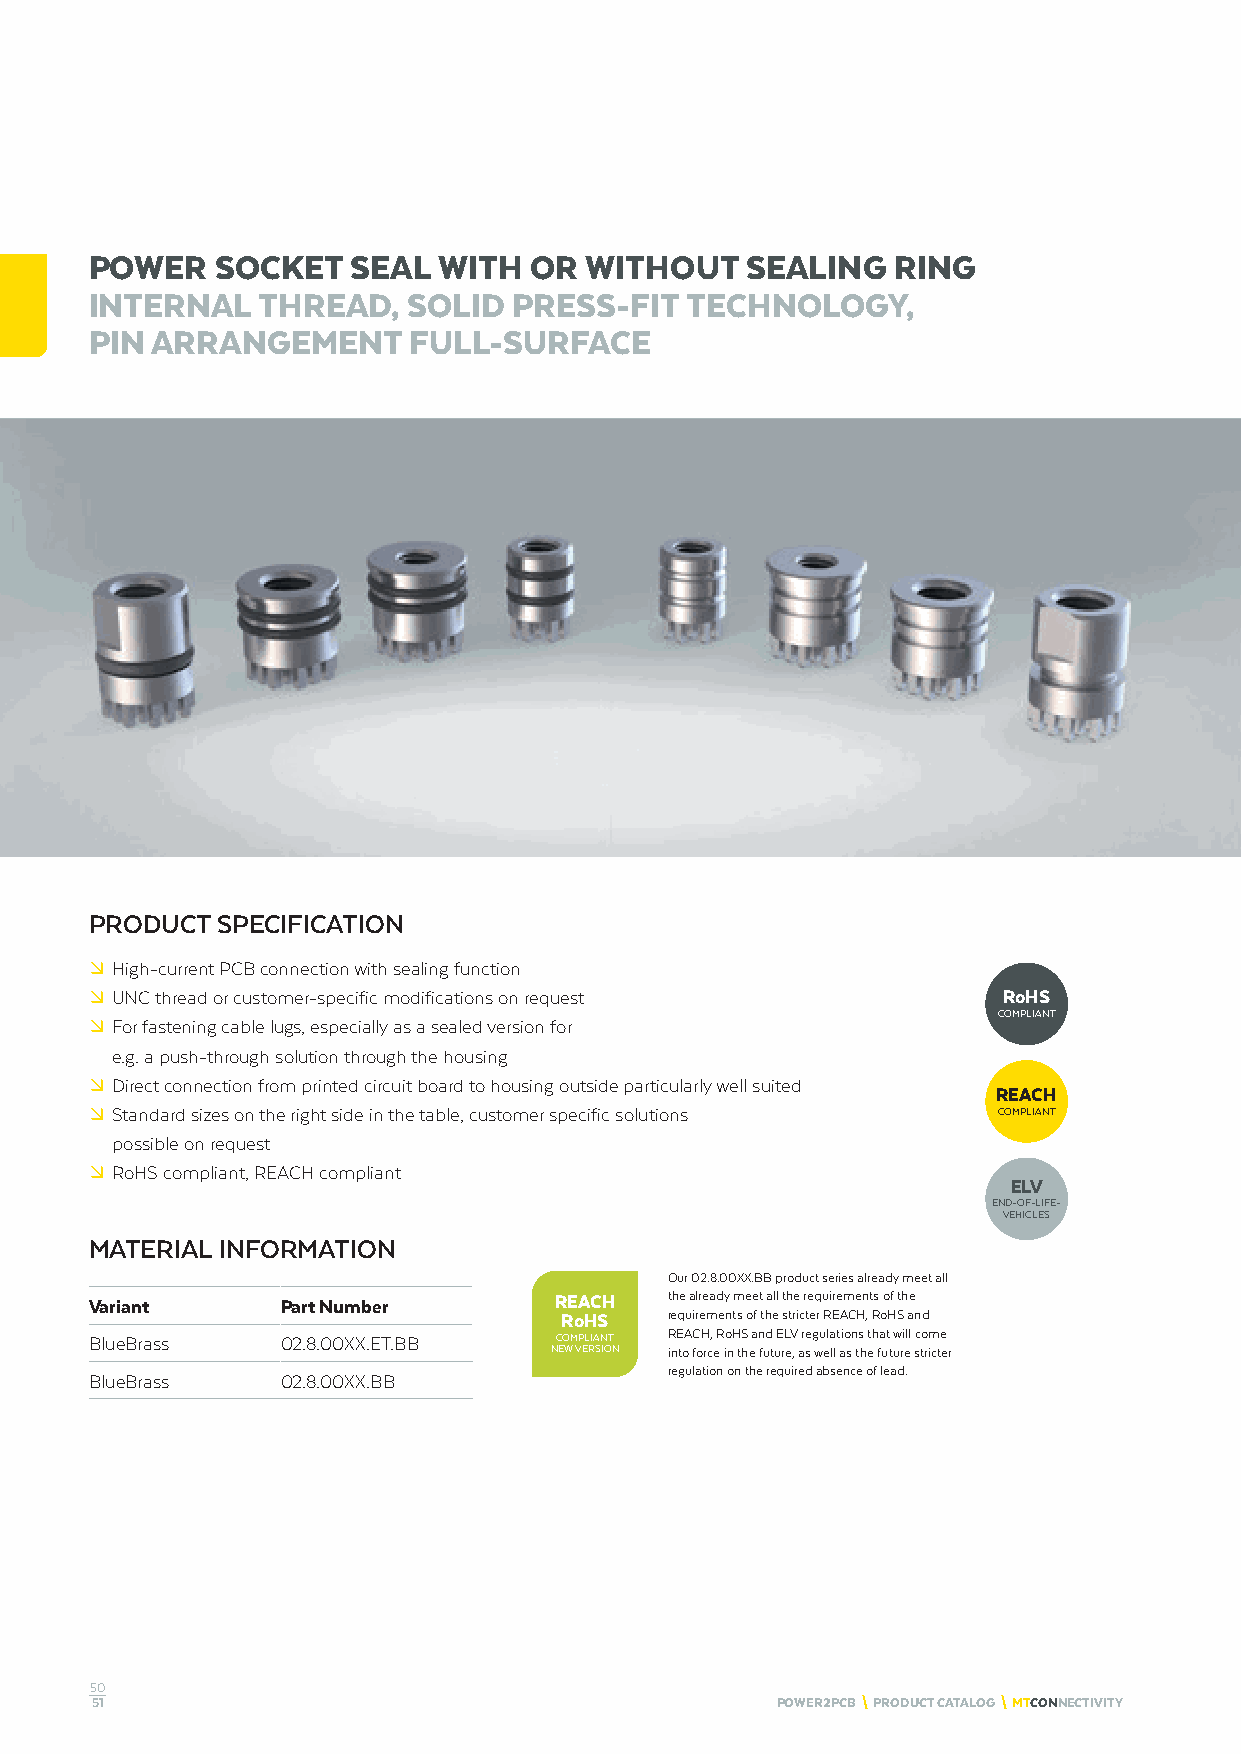
POWER   SOCKET   SEAL  WITH  OR  WITHOUT   SEALING   RING
 INTERNAL   THREAD,   SOLID  PRESS-FIT  TECHNOLOGY,
 PIN ARRANGEMENT      FULL-SURFACE
 PRODUCT SPECIFICATION
 º High-current PCB connection with sealing function
 º UNC thread or customer-specific modifications on request  RoHS
 COMPLIANT
 º For fastening cable lugs, especially as a sealed version for
 e.g. a push-through solution through the housing
 º Direct connection from printed circuit board to housing outside particularly well suited
 REACH
 º Standard sizes on the right side in the table, customer specific solutions COMPLIANT
 possible on request
 º RoHS compliant, REACH compliant
 ELV
 END-OF-LIFE-
 VEHICLES
 MATERIAL INFORMATION
 Our 02.8.00XX.BB product series already meet all
 Variant      Part Number       REACH  the already meet all the requirements of the
 RoHS   requirements of the stricter REACH, RoHS and
 BlueBrass    02.8.00XX.ET.BB   COMPLIANT REACH, RoHS and ELV regulations that will come
 NEW VERSION into force in the future, as well as the future stricter
 regulation on the required absence of lead.
 BlueBrass    02.8.00XX.BB
 50
 51                                           POWER2PCB \ PRODUCT CATALOG \ MTCONNECTIVITY